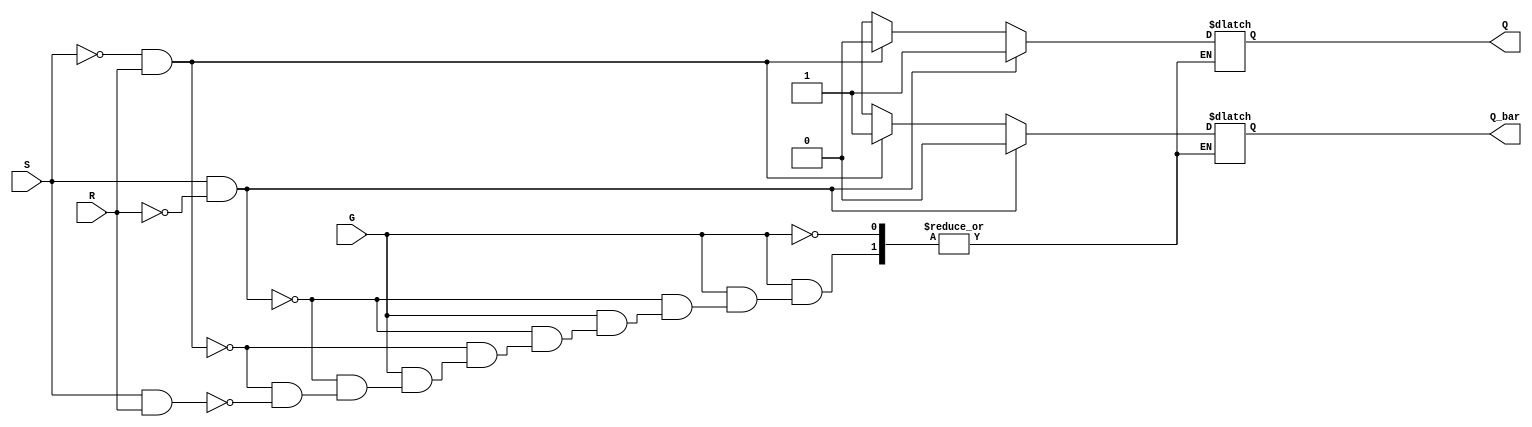
module gated_sr_latch (
    input wire S,      // Set input
    input wire R,      // Reset input
    input wire G,      // Enable input
    output reg Q,      // Output Q
    output reg Q_bar   // Complementary output Q
);

always @(*) begin
    if (G) begin
        if (S && !R) begin
            Q = 1'b1;         // Set state
            Q_bar = 1'b0;     // Complement of Q
        end else if (!S && R) begin
            Q = 1'b0;         // Reset state
            Q_bar = 1'b1;     // Complement of Q
        end else if (S && R) begin
            // Indeterminate state - can be handled as needed
            Q = 1'bx;         // Undefined state
            Q_bar = 1'bx;     // Undefined state
        end else begin
            // Maintain current state
            Q = Q;            // Hold current state
            Q_bar = Q_bar;    // Hold current state
        end
    end
end

endmodule